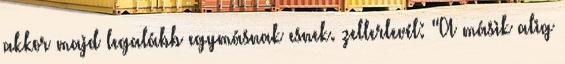
akkor majd legalább egymásnak esnek. zellerlevél: "A másik alig